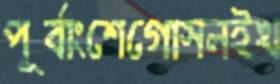
পূর্বাংশেগোসলইখ